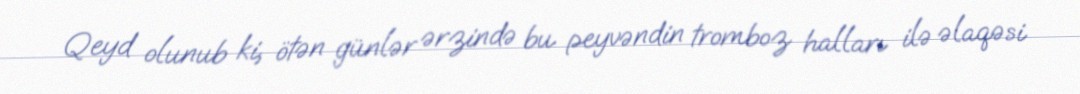
Qeyd olunub ki, ötən günlər ərzində bu peyvəndin tromboz halları ilə əlaqəsi